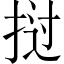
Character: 挝